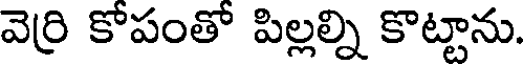
వెర్రి కోపంతో పిల్లల్ని కొట్టాను.